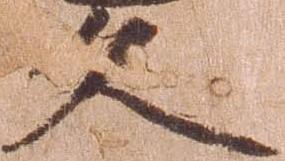
久